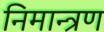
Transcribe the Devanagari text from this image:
निमान्त्रण